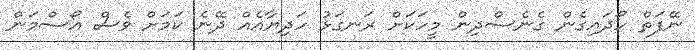
ނޭފަތް ހޯދައިގެން ގެނެސްދިން މީހަކަށް ރަނގަޅު ހަދިޔާއެއް ދޭނެ ކަމަށް ވެސް އޯސްމަން